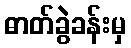
ဓာတ်ခွဲခန်းမှ